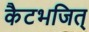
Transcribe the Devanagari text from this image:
कैटभजित्